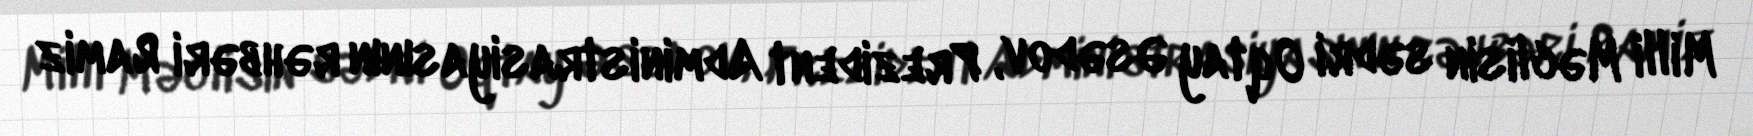
Milli Məclisin sədri Oqtay Əsədov, Prezident Administrasiyasının rəhbəri Ramiz